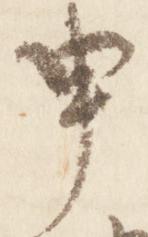
申